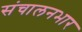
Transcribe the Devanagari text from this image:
संचालनभार